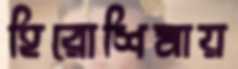
হিরোশিমায়